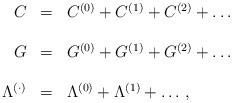
LaTeX: \begin{align*}\begin{array}{rcl}C & = & C^{(0)} + C^{(1)} + C^{(2)} +\ldots \\& & \\G & = & G^{(0)} + G^{(1)} + G^{(2)} +\ldots \\& & \\\Lambda^{(\cdot)} & = & \Lambda^{(0)} +\Lambda^{(1)} + \ldots\, , \\\end{array}\end{align*}